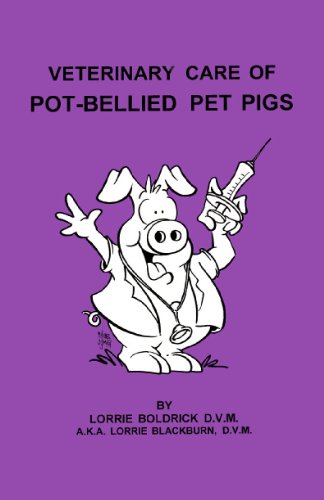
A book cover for Veterinary Care Of Pot-Bellied Pet Pigs; Lorrie Boldrick DVM; Medical Books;